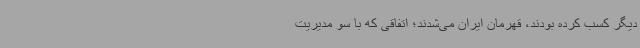
دیگر کسب کرده بودند، قهرمان ایران می‌شدند؛ اتفاقی که با سو مدیریت